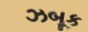
ઝબૂક